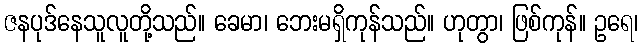
ဇနပုဒ်နေသူလူတို့သည်။ ခေမာ၊ ဘေးမရှိကုန်သည်။ ဟုတွာ၊ ဖြစ်ကုန်။ ဥရေ၊